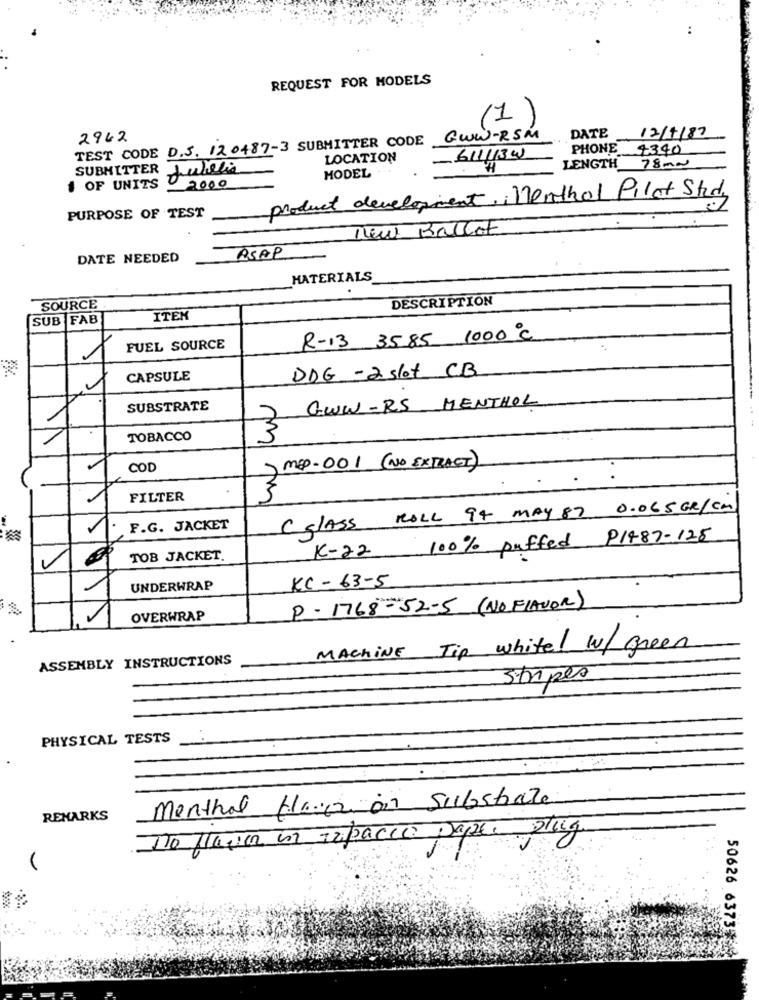
REQUEST FOR MODELS
1
DATE
12/1/87
TEST CODE D.5. 120487-3 SUBMITTER CODE
2962
GWW-RSM
PHONE
4340
LOCATION
611/134
SUBMITTER
MODEL.
LENGTH
78mm
# OF UNITS
2000
product development, Menthol Pilot Study
PURPOSE OF TEST
-
New Ballot
DATE NEEDED
ASAP
MATERIALS
DESCRIPTION
SOURCE
SUB FAB
ITEK
R-13 3585 1000 ℃
FUEL SOURCE
DDG -2 slot C.B.
CAPSULE
.
GWW-RS MENTHOL
SUBSTRATE
2
TOBACCO
3
COD
) MED -001 (NO EXTRACT)
FILTER
m
ROLL 94 MAY 87 0.065 GR/CM
F.G. JACKET
( glass
100% puffed P1487-125
K-22
TOB JACKET.
-
UNDERWRAP
KC - 63-5
P - 1768-52-5 ( NO FLAVOR)
OVERWRAP
MACHINE Tip whitel W/ Green
ASSEMBLY INSTRUCTIONS
Stripes
PHYSICAL TESTS
menthal flower on Substrate
REMARKS
To flavor en Impacco papel plug
50626 6373%33